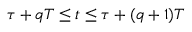
\tau + q T \leq t \leq \tau + ( q + 1 ) T